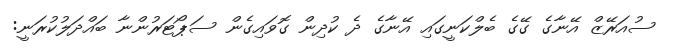
ސުއަރޭޒް އޭނާގެ ގޭގެ ބެލްކަނީގައި އޭނާގެ ދެ ކުދިން ގޮވައިގެން ސަޕޯޓަރުންނާ ބައްދަލުކުރަނީ: